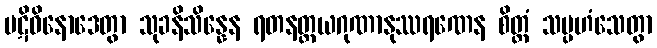
ပဋိဝိနောဒေတွာ သုခနိသိန္နေန ရတနတ္တယဂုဏာနုဿရဏေန စိတ္တံ သမ္ပဟံသေတွာ